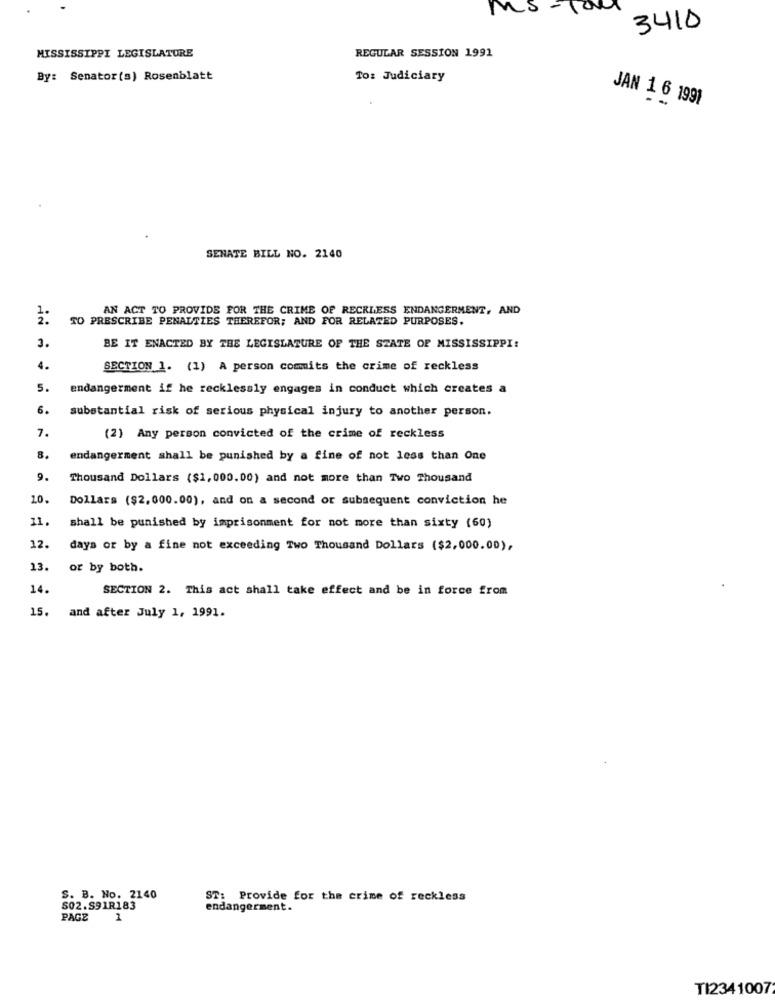
MS - 100
3410
MISSISSIPPI LEGISLATURE
REGULAR SESSION 1991
By: Senator(s) Rosenblatt
To: Judiciary
JAN 1 6 1991
SENATE BILL NO. 2140
AN ACT TO PROVIDE FOR THE CRIME OF RECKLESS ENDANGERMENT, AND
1.
TO PRESCRIBE PENALTIES THEREFOR; AND FOR RELATED PURPOSES.
3.
BE IT ENACTED BY THE LEGISLATURE OF THE STATE OF MISSISSIPPI:
4.
SECTION 1. (1) A person commits the crime of reckless
5.
endangerment if he recklessly engages in conduct which creates a
6.
substantial risk of serious physical injury to another person.
7.
(2) Any person convicted of the crime of reckless
8.
endangerment shall be punished by a fine of not less than One
9.
Thousand Dollars ($1,000.00) and not more than Two Thousand
20.
Dollars ($2,000.00), and on a second or subsequent conviction he
11.
shall be punished by imprisonment for not more than sixty (60)
12.
days or by a fine not exceeding Two Thousand Dollars ($2,000.00),
13.
or by both.
14.
SECTION 2. This act shall take effect and be in force from
15.
and after July 1, 1991.
S. B. No. 2140
ST: Provide for the crime of reckless
S02.S91R183
endangerment.
PAGE
1
TI2341007